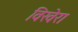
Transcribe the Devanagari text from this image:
विखेरा